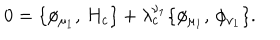
0 = \{ \phi _ { \mu _ { 1 } } , \, H _ { c } \} + \lambda _ { c } ^ { \nu _ { 1 } } \{ \phi _ { \mu _ { 1 } } , \, \phi _ { \nu _ { 1 } } \} .